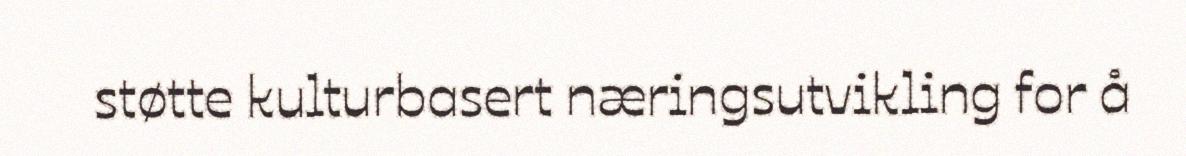
støtte kulturbasert næringsutvikling for å